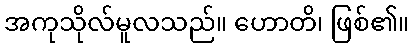
အကုသိုလ်မူလသည်။ ဟောတိ၊ ဖြစ်၏။